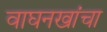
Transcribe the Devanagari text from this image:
वाघनखांचा